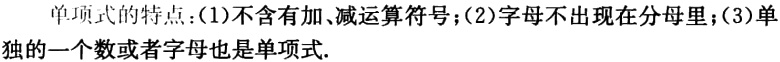
单项式的特点：(1)不含有加、减运算符号；(2)字母不出现在分母里；(3)单独的一个数或者字母也是单项式.